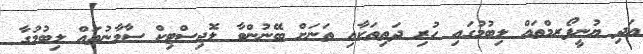
އަދި ޔުނީފޯރމްތައް ލިބުމުގައި ހުރި ދަތިތަކާއި ތަނަށް ބޭނުންވާ ލޮޖިސްޓިކް ސާމާނުތައް ލިބުމުގާ